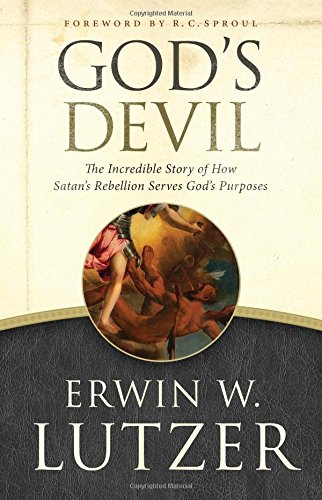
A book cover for God's Devil: The Incredible Story of How Satan's Rebellion Serves God's Purposes; Erwin W. Lutzer; Christian Books & Bibles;